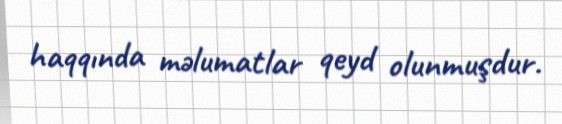
haqqında məlumatlar qeyd olunmuşdur.